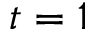
t = 1